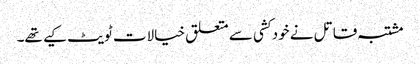
مشتبہ قاتل نے خود کشی سے متعلق خیالات ٹویٹ کیے تھے۔